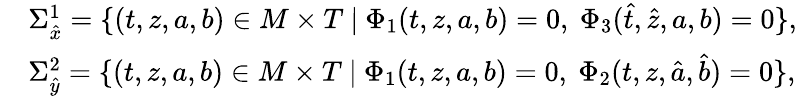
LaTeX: \begin{array}{rl}&{\Sigma_{\hat{x}}^{1}=\{ (t,z,a,b)\in M\times T\ |\ \Phi_{1}(t,z,a,b)=0,\ \Phi_{3}(\hat{t},\hat{z},a,b)=0\} ,}\\ &{\Sigma_{\hat{y}}^{2}=\{ (t,z,a,b)\in M\times T\ |\ \Phi_{1}(t,z,a,b)=0,\ \Phi_{2}(t,z,\hat{a},\hat{b})=0\} ,}\end{array}